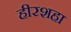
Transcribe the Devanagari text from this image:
हीरशहा